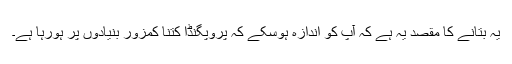
یہ بتانے کا مقصد یہ ہے کہ آپ کو اندازہ ہوسکے کہ پروپگنڈا کتنا کمزور بنیادوں پر ہورہا ہے۔